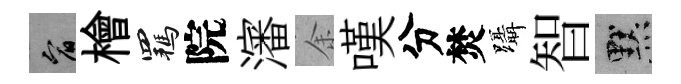
宥檜羈院瀋余嘆分焚躡智默